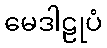
မေဒါဠုပံ